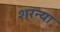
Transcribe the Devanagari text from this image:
शरन्या